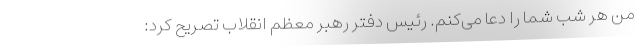
من هر شب شما را دعا می‌کنم. رئیس دفتر رهبر معظم انقلاب تصریح کرد: